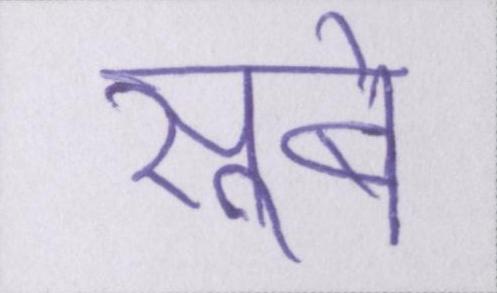
सूबे